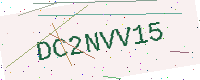
Text: DC2NVV15